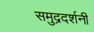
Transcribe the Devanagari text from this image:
समुद्रदर्शनी